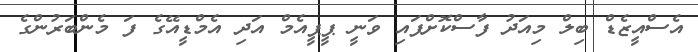
އެސްއީޒެޑް ބިލް މިއަދު ފާސްކޮށްފައި ވަނީ ޕީޕީއެމް އަދި އެމްޑީއޭގެ ފަ މެންބަރުންގެ